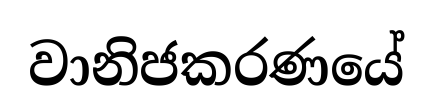
වානිජකරණයේ